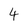
Character: 4